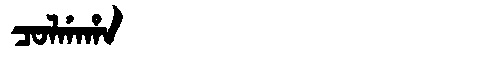
Manchu: ᠴᠣᠯᡤᠠᡥᠠ
Romanization: COLGAHA